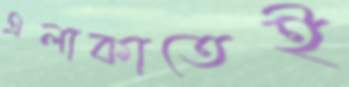
এলাকাতেই